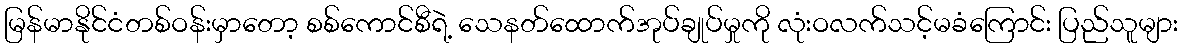
မြန်မာနိုင်ငံတစ်ဝန်းမှာတော့ စစ်ကောင်စီရဲ့ သေနတ်ထောက်အုပ်ချုပ်မှုကို လုံးဝလက်သင့်မခံကြောင်း ပြည်သူများ